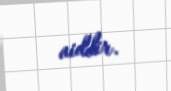
aiddir.